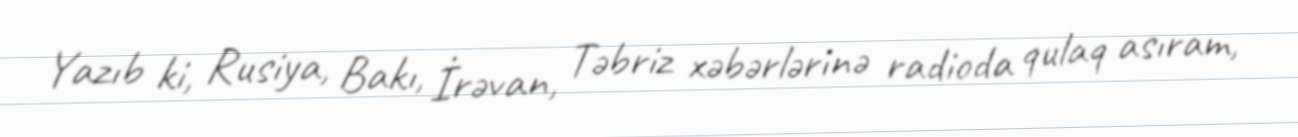
Yazıb ki, Rusiya, Bakı, İrəvan, Təbriz xəbərlərinə radioda qulaq asıram,